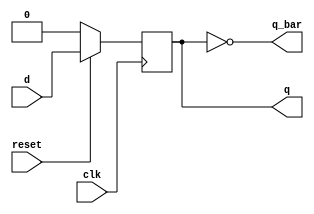
`timescale 1ns / 1ps
//////////////////////////////////////////////////////////////////////////////////
// Company: 
// Engineer: 
// 
// Design Name: 
// Module Name: D_FlipFlop
// Project Name: 
// Target Devices: 
// Tool Versions: 
// Description: 
// 
// Dependencies: 
// 
// Revision:
// Revision 0.01 - File Created
// Additional Comments:
// 
//////////////////////////////////////////////////////////////////////////////////


module D_FlipFlop(

    input d,reset,clk,
    output reg q,
    output q_bar
    );
    
     always @ (posedge clk)  
       if (reset==0)  
          q <= 0;  
       else  
          q <= d;  
     
     assign q_bar = ~q;
endmodule